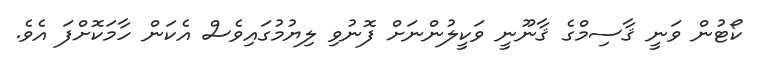
ކޯޓުން ވަނީ ޤާސިމްގެ ޤާނޫނީ ވަކީލުންނަށް ފޮނުވި ލިޔުމުގައިވެސް އެކަން ހާމަކޮށްފަ އެވެ.